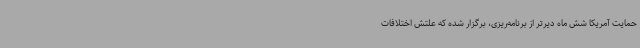
حمایت آمریکا شش ماه دیرتر از برنامه‌ریزی، برگزار شده که علتش اختلافات